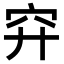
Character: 𥤰